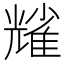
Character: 𠓃